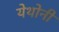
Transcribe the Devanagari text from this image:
येथोनी